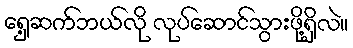
ရှေ့ဆက်ဘယ်လို လုပ်ဆောင်သွားဖို့ရှိလဲ။